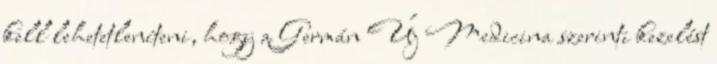
kell lehetetleníteni, hogy a Germán Új Medicina szerinti kezelést